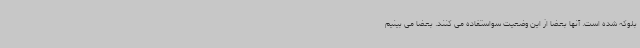
بلوکه شده است. آنها بعضا از این وضعیت سواستفاده می کنند. بعضا می بینیم